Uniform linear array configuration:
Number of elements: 16
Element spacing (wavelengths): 1
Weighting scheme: binomial
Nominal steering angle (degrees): -45
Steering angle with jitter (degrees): -43.036
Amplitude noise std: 0.05
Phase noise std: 0.05

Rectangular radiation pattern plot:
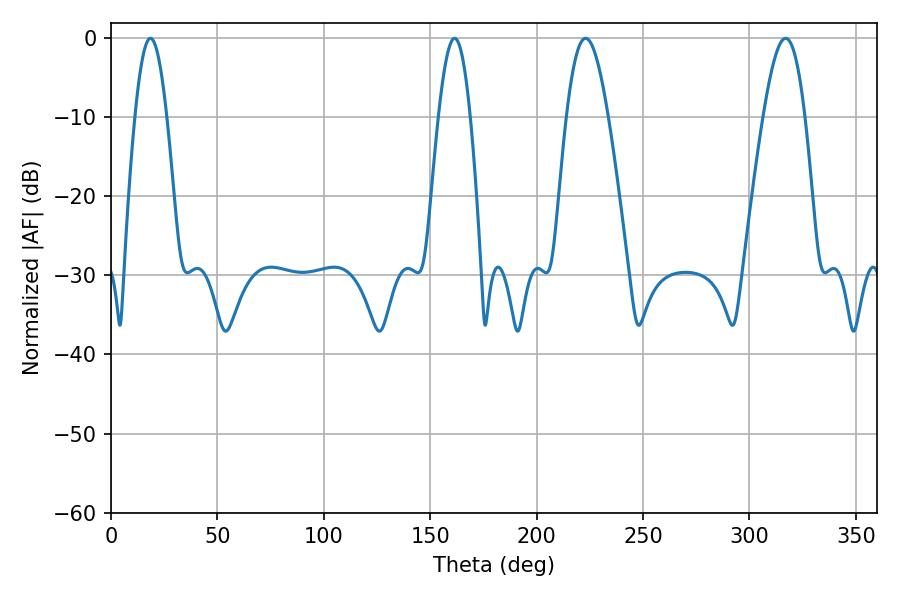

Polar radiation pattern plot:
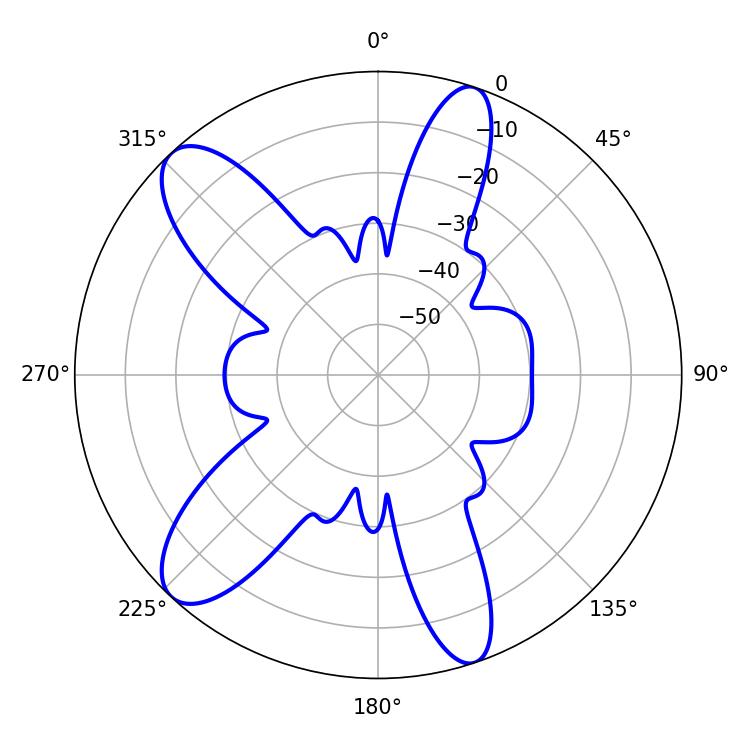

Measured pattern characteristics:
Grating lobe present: TRUE
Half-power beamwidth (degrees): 8.1
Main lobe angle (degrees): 18.54